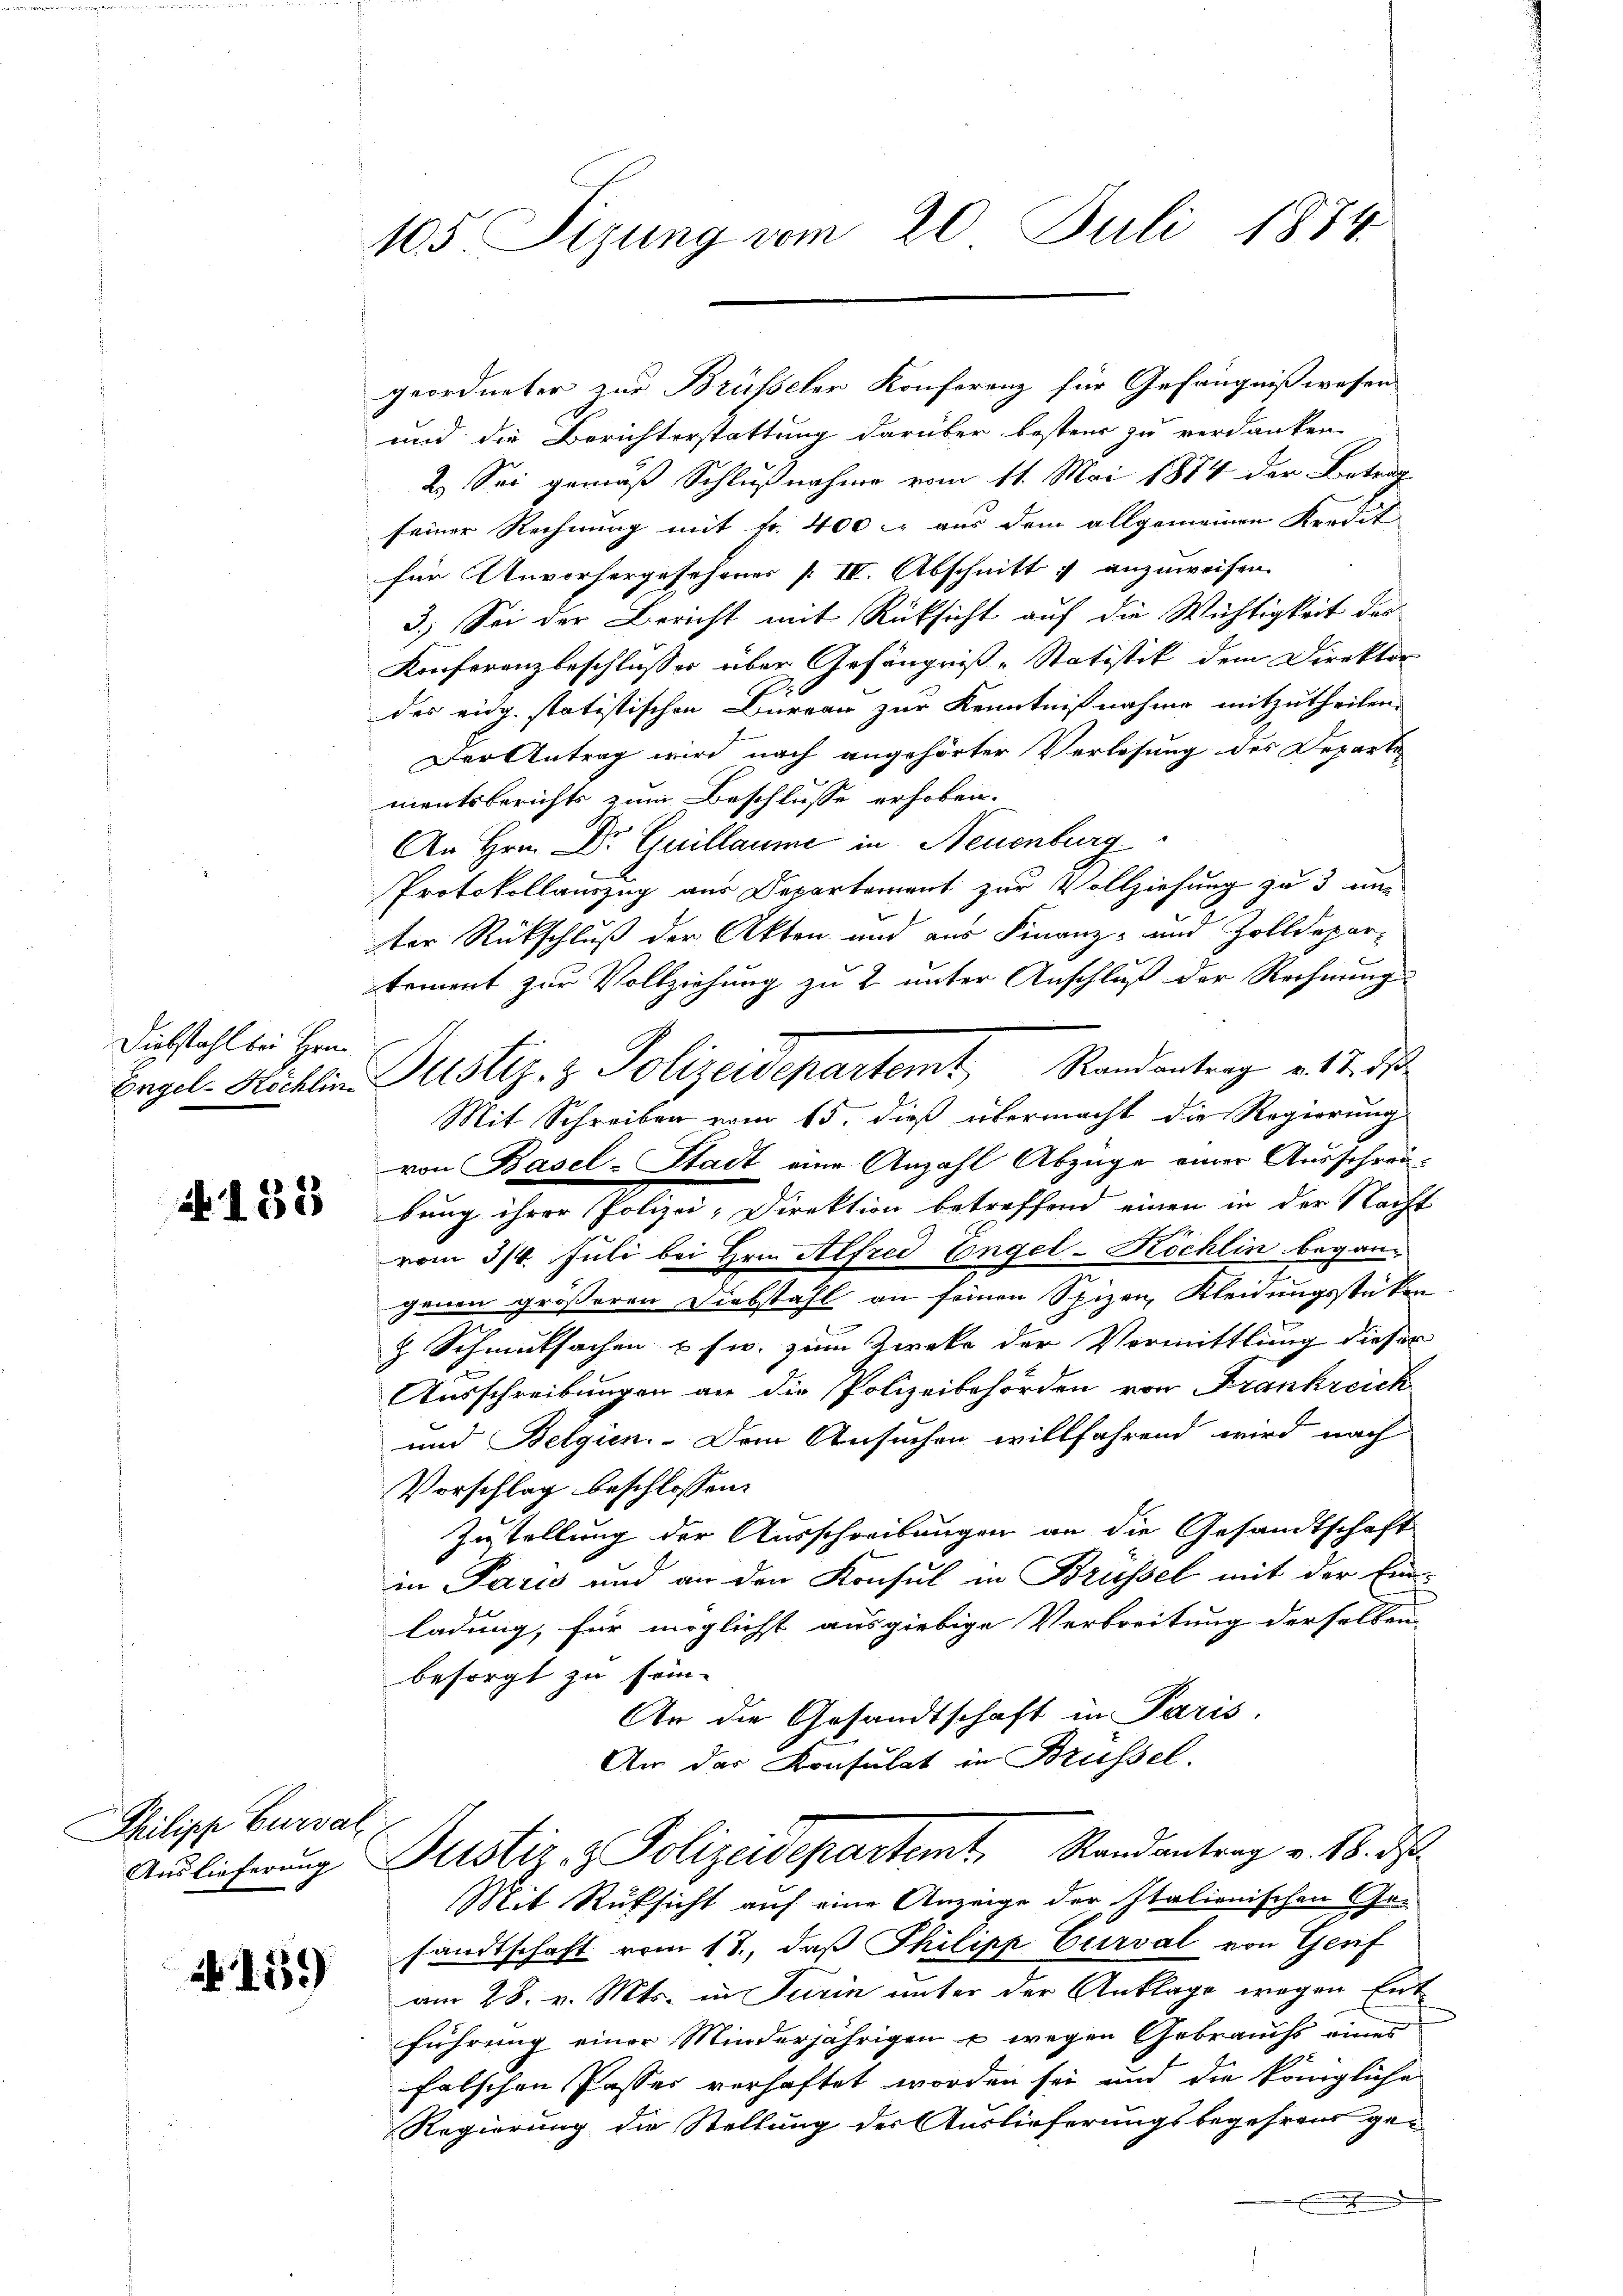
Diebstahl bei Hrn.

N 183

Philipp Burval
Auslieferung

N 1559

105. Sizung vom 20. Juli 1884.

geordneter zur Brüsseler Konferenz für Gefängnißwesen
und die Berichterstattung darüber bestens zu verdanken.
2.) Sei gemäß Schlußnahme vom 11. Mai 1874 der Betrag
seiner Rechnung mit Fr. 400 l. aus dem allgemeinen Kredit
für Unvorhergesehenes IV. Abschnitt anzuweisen.
3.) Sei der Bericht mit Rücksicht auf die Wichtigkeit des
Konferenzbeschlusser über Gefängniß-Statistik dem Direktor
des eidg. statistischen Bureau zur Kenntnißnahme mitzutheilen.
Der Antrag wird nach angehörter Verlesung des Depart
mentsberichts zum Beschlusse erhoben.
An Hrn. Dr Guillaume in Neuenburg
Protokollauszug aus Departement zur Vollziehung zu 3 unter Rückschluß der Akten und aus Finanz- und Zolldepar-
tement zur Vollziehung zu 2. unter Anschluß der Rechnung
Engel-Köchlin Justiz- & Polizeidepartemt, Standentrag v. 17. 3
Mit Schreiben vom 15. dieß übermacht die Regierung
von Basel-Stadt eine Anzahl Abzüge einer Ausschrei-
bung ihrer Polizei-Direktion betreffend einen in der Nacht
vom 3/4. Juli bei Hrn. Alfred Engel-Köchlin begangenen größeren Diebstahl an seinen Spizen, Kleidungsstükenz Schmutsachen usw. zum Zweke der Vormittlung dieser
Ausschreibungen an die Polizeibehörden von Frankreich
und Belgien. Dem Ansuchen willfahrend wird nach
Vorschlag beschlossen:
Zustellung der Ausschreibungen an die Gesandtschaft
in Paris und an den Konsul in Brüssel mit der Ein-
ladung, für möglicht ausgiebige Verbreitung derselben
besorgt zu sei-
An die Gesandtschaft in Paris.
An der Konsulat in Brüssel.
Justiz- & Polizeidepartemt, Randantrag v. 18. ds.
Mit Rüksicht auf eine Anzeige der Italienischen Gan
sandtschaft vom 13., daß Philipp Curval von Gerif
am 28. v. Mts. in Turin unter der Anklage wegen Entführung einer Minderjährigen u wegen Gebrauchs eines
falschen Passes verhaftet worden sei und die königliche
Regierung die Stellung der Auslieferungsbegehrens ge-
.